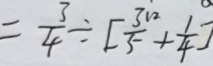
= \frac { 3 } { 4 } \div [ \frac { 3 1 2 } { 5 } + \frac { 1 } { 4 } ]